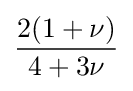
{\frac {2(1+\nu )}{4+3\nu }}